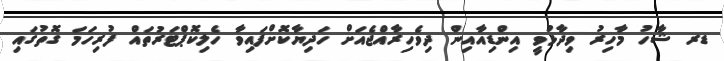
ޑރ ޝާހު މާހިރު ވިދާޅުވީ އިންޑިއާއިން ދިވެހިރާއްޖެއަށް ހަދިޔާކޮށްފައިވާ ހެލިކޮޕްޓަރުތައް ފުރިހަމަ ގޮތުގައި